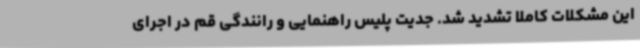
این مشکلات کاملاً تشدید شد. جدیت پلیس راهنمایی و رانندگی قم در اجرای